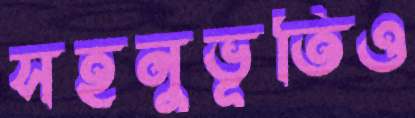
সহনুভূতিও